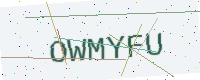
Text: OWMYFU